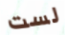
لست